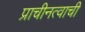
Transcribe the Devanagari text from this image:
प्राचीनत्वाची